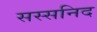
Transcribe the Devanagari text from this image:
सस्सनिद